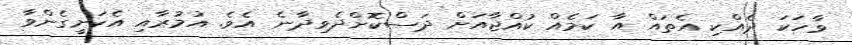
ވާހަކަ ދެއްކި އެތައް އާ ކަމެއް ކުއްޖާއަށް ދަސްކޮށްދެވިދާނެ އެވެ. އުމުރާއި އެކަށީގެންވާ